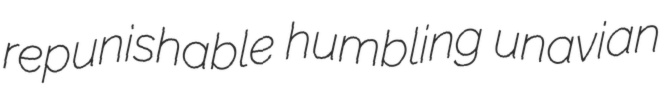
repunishable humbling unavian